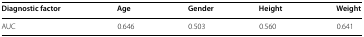
| Diagnostic factor | Age | Gender | Height | Weight |
 | --- | --- | --- | --- | --- |
 | AUC | 0.646 | 0.503 | 0.560 | 0.641 |